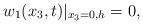
\begin{align*}w_1(x_3,t)|_{x_3=0,h}=0,\end{align*}